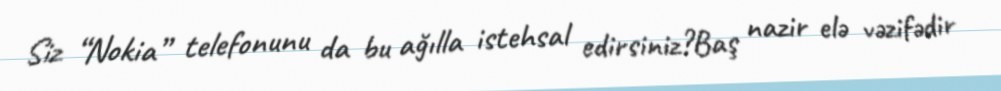
Siz “Nokia” telefonunu da bu ağılla istehsal edirsiniz?Baş nazir elə vəzifədir